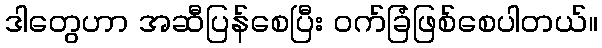
ဒါတွေဟာ အဆီပြန်စေပြီး ဝက်ခြံဖြစ်စေပါတယ်။